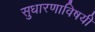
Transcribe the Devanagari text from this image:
सुधारणाविषयी